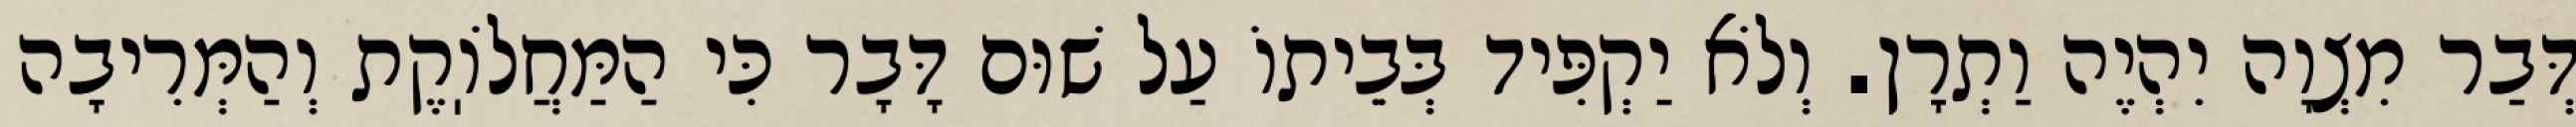
דְּבַר מִצְוָה יִהְיֶה וַתְרָן. וְלֹא יַקְפִּיד בְּבֵיתוֹ עַל שׁוּם דָּבָר כִּי הַמַּחֲלֹוֽקֶת וְהַמְּרִיבָה